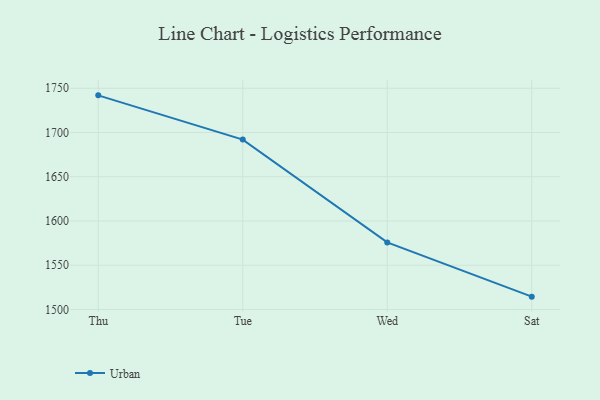
{"axis": {"x": "Day", "y": "Temperature (°C)"}, "legend": ["Urban"], "data": [{"x": "Thu", "y": 1742.0, "type": "Urban"}, {"x": "Tue", "y": 1692.0, "type": "Urban"}, {"x": "Wed", "y": 1575.8, "type": "Urban"}, {"x": "Sat", "y": 1514.5, "type": "Urban"}]}